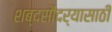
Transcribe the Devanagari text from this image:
शब्दसौंदर्यासाठी